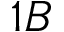
1 B